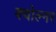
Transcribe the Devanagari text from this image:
क्योल्नर